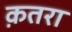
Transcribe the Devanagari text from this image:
क़तरा